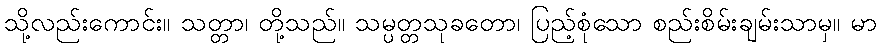
သို့လည်းကောင်း။ သတ္တာ၊ တို့သည်။ သမ္ပတ္တသုခတော၊ ပြည့်စုံသော စည်းစိမ်းချမ်းသာမှ။ မာ